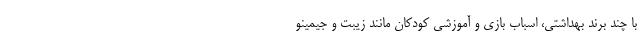
با چند برند بهداشتی، اسباب بازی و آموزشی کودکان مانند زیبت و جیمینو